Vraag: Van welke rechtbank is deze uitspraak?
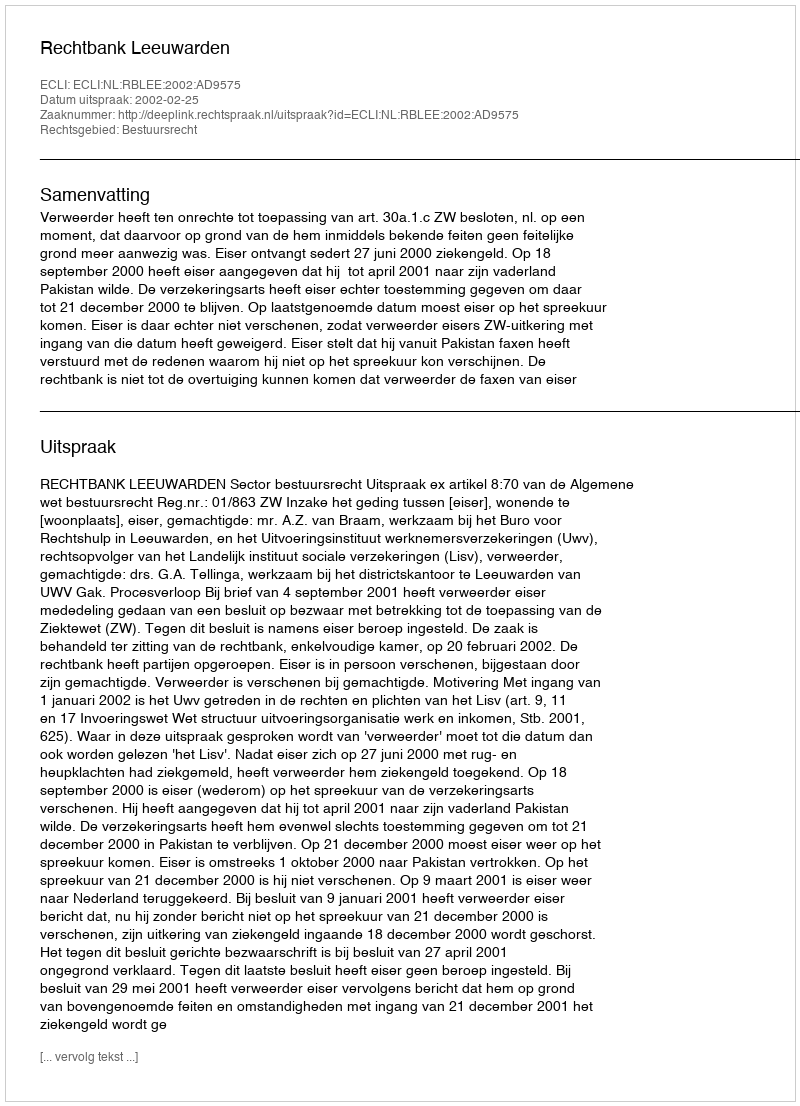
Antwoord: Rechtbank Leeuwarden